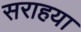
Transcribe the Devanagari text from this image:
सराहया